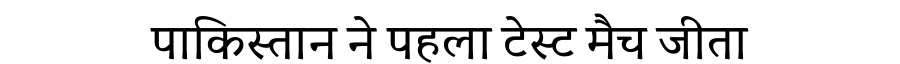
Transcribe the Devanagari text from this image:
पाकिस्तान ने पहला टेस्ट मैच जीता